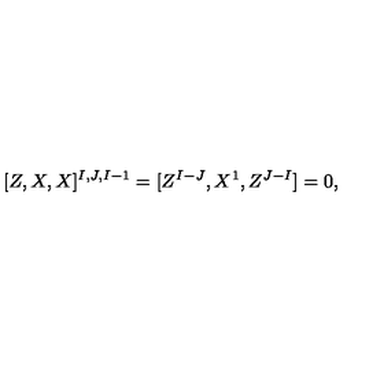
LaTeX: [ Z , X , X ] ^ { I , J , I - 1 } = [ Z ^ { I - J } , X ^ { 1 } , Z ^ { J - I } ] = 0 ,